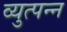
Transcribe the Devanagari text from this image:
व्युत्‍पन्‍न